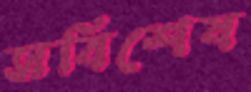
সবিশেষ